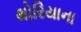
થોરિયાના